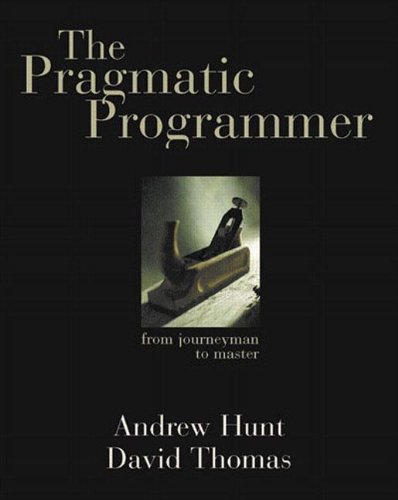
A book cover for The Pragmatic Programmer: From Journeyman to Master; Andrew Hunt; Computers & Technology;